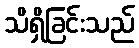
သိရှိခြင်းသည်